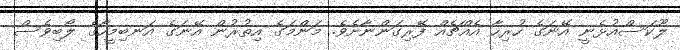
ލޫކަސްއުޅެނީ އޭނަގެ ހުރިހާ އެއްޗެއް ފޭރިގަންނާށެވެ. މަންމަގެ އިތުރުން އޭނަގެ އަނބިމީހާގެ ލޯބިވެސް